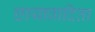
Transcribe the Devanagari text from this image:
छायावादिता